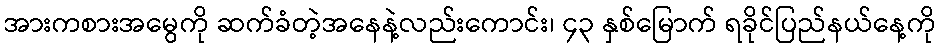
အားကစားအမွေကို ဆက်ခံတဲ့အနေနဲ့လည်းကောင်း၊ ၄၃ နှစ်မြောက် ရခိုင်ပြည်နယ်နေ့ကို